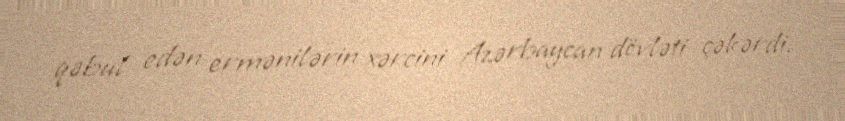
qəbul edən ermənilərin xərcini Azərbaycan dövləti çəkərdi.